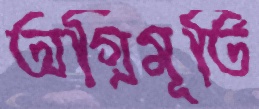
অগ্নিমূর্তি